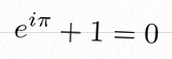
e^{i\pi}+1=0